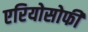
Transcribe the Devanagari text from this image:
एरियोसोफी